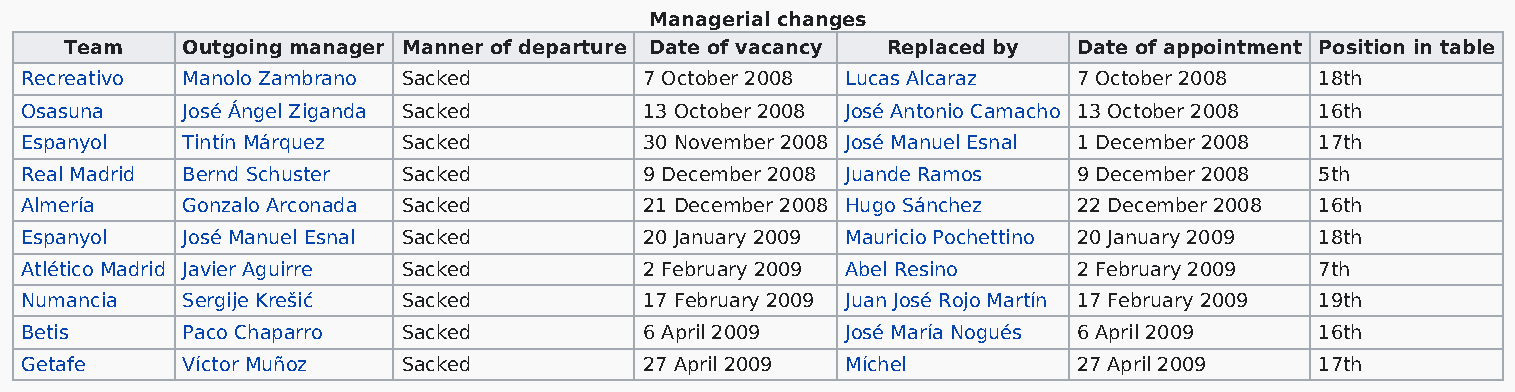
Managerial changes
 Team    Outgoing manager Manner of departure Date of vacancy Replaced by Date of appointment Position in table
 Recreativo Manolo Zambrano Sacked         7 October 2008 Lucas Alcaraz 7 October 2008 18th
 Osasuna    José Ángel Ziganda Sacked      13 October 2008 José Antonio Camacho 13 October 2008 16th
 Espanyol   Tintín Márquez Sacked          30 November 2008 José Manuel Esnal 1 December 2008 17th
 Real Madrid Bernd Schuster Sacked         9 December 2008 Juande Ramos 9 December 2008 5th
 Almería    Gonzalo Arconada Sacked        21 December 2008 Hugo Sánchez 22 December 2008 16th
 Espanyol   José Manuel Esnal Sacked       20 January 2009 Mauricio Pochettino 20 January 2009 18th
 Atlético Madrid Javier Aguirre Sacked     2 February 2009 Abel Resino 2 February 2009 7th
 Numancia   Sergije Krešić Sacked          17 February 2009 Juan José Rojo Martín 17 February 2009 19th
 Betis      Paco Chaparro  Sacked          6 April 2009 José María Nogués 6 April 2009 16th
 Getafe     Víctor Muñoz   Sacked          27 April 2009 Míchel        27 April 2009   17th